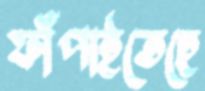
ফাঁপাইতেছে